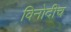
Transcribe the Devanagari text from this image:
विनोदीच